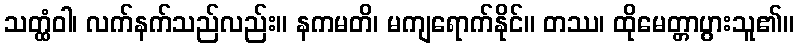
သတ္ထံဝါ၊ လက်နက်သည်လည်း။ နကမတိ၊ မကျရောက်နိုင်။ တဿ၊ ထိုမေတ္တာပွားသူ၏။